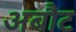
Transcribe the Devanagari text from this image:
अबौट